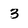
Character: 3